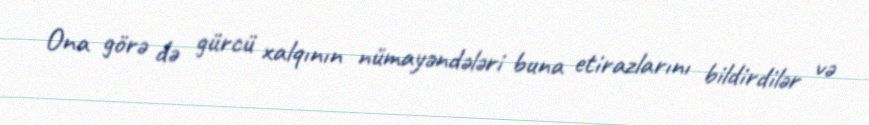
Ona görə də gürcü xalqının nümayəndələri buna etirazlarını bildirdilər və